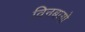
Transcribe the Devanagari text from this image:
विनबागो